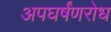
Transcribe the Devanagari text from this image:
अपघर्षंणरोध